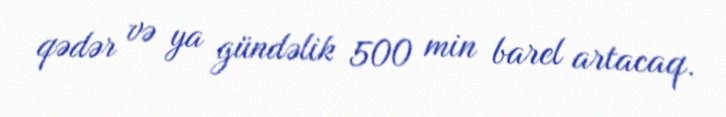
qədər və ya gündəlik 500 min barel artacaq.